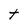
Character: t